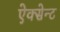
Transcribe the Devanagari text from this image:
ऐक्सेन्ट